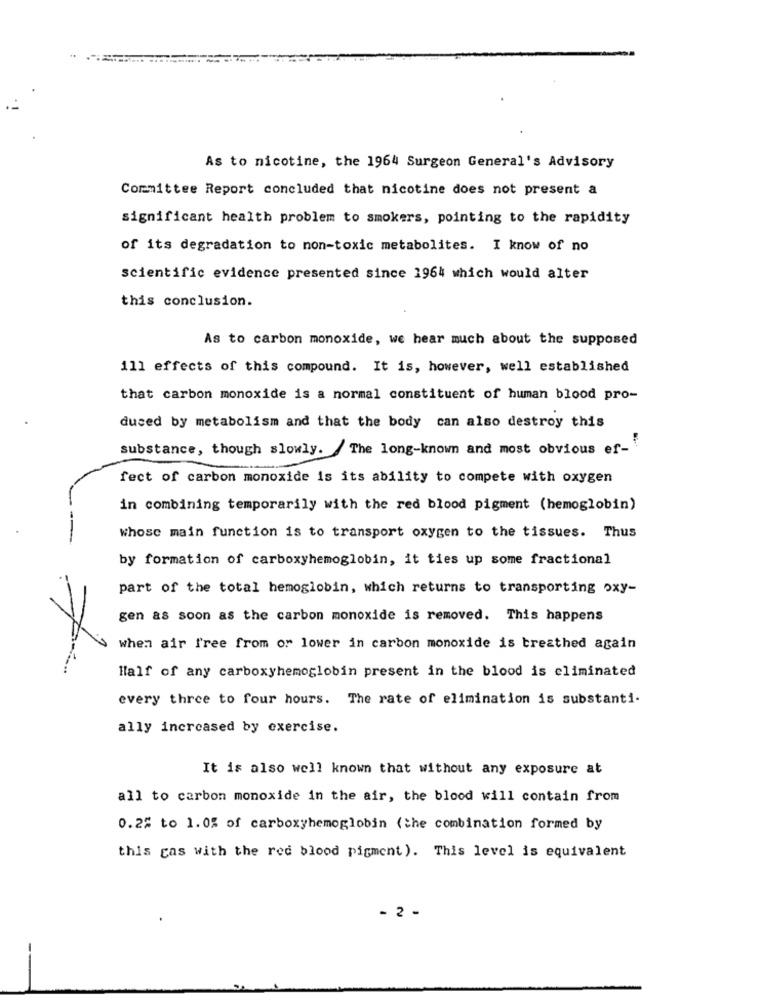
As to nicotine, the 1964 Surgeon General's Advisory
Committee Report concluded that nicotine does not present a
significant health problem to smokers, pointing to the rapidity
of its degradation to non-toxic metabolites. I know of no
scientific evidence presented since 1964 which would alter
this conclusion.
As to carbon monoxide, we hear much about the supposed
111 effects of this compound. It is, however, well established
that carbon monoxide is a normal constituent of human blood pro-
dused by metabolism and that the body can also destroy this
substance, though slowly. The long-known and most obvious ef-"
fect of carbon monoxide is its ability to compete with oxygen
in combining temporarily with the red blood pigment (hemoglobin)
Whose main function is to transport oxygen to the tissues. Thus
by formation of carboxyhemoglobin, it ties up some fractional
part of the total hemoglobin, which returns to transporting oxy-
gen as soon as the carbon monoxide is removed. This happens
when air free from or lower in carbon monoxide is breathed again
Half of any carboxyhemoglobin present in the blood is eliminated
every three to four hours. The rate of elimination is substanti.
ally increased by exercise.
It is also well known that without any exposure at
all to carbon monoxide in the air, the blood will contain from
0.25 to 1.0% of carboxyhemoglobin (the combination formed by
this gas with the red blood pigment ). This level is equivalent
- 2 -